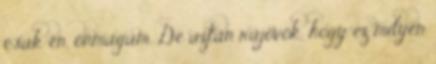
csak én, önmagam. De aztán rájövök, hogy ez milyen